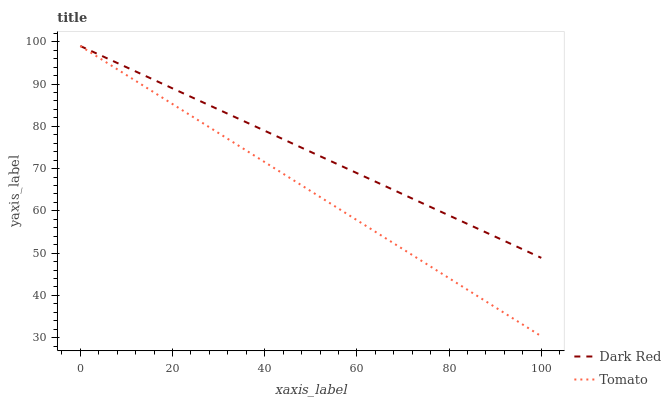
| xaxis_label | Dark Red | Tomato |
 | --- | --- | --- |
 | 0 | 99 | 99 |
 | 11.1 | 93.4 | 91.4 |
 | 22.2 | 87.9 | 83.7 |
 | 33.3 | 82.3 | 76.1 |
 | 44.4 | 76.7 | 68.5 |
 | 55.6 | 71.2 | 60.8 |
 | 66.7 | 65.6 | 53.2 |
 | 77.8 | 60 | 45.6 |
 | 88.9 | 54.4 | 38 |
 | 100 | 48.9 | 30.3 |